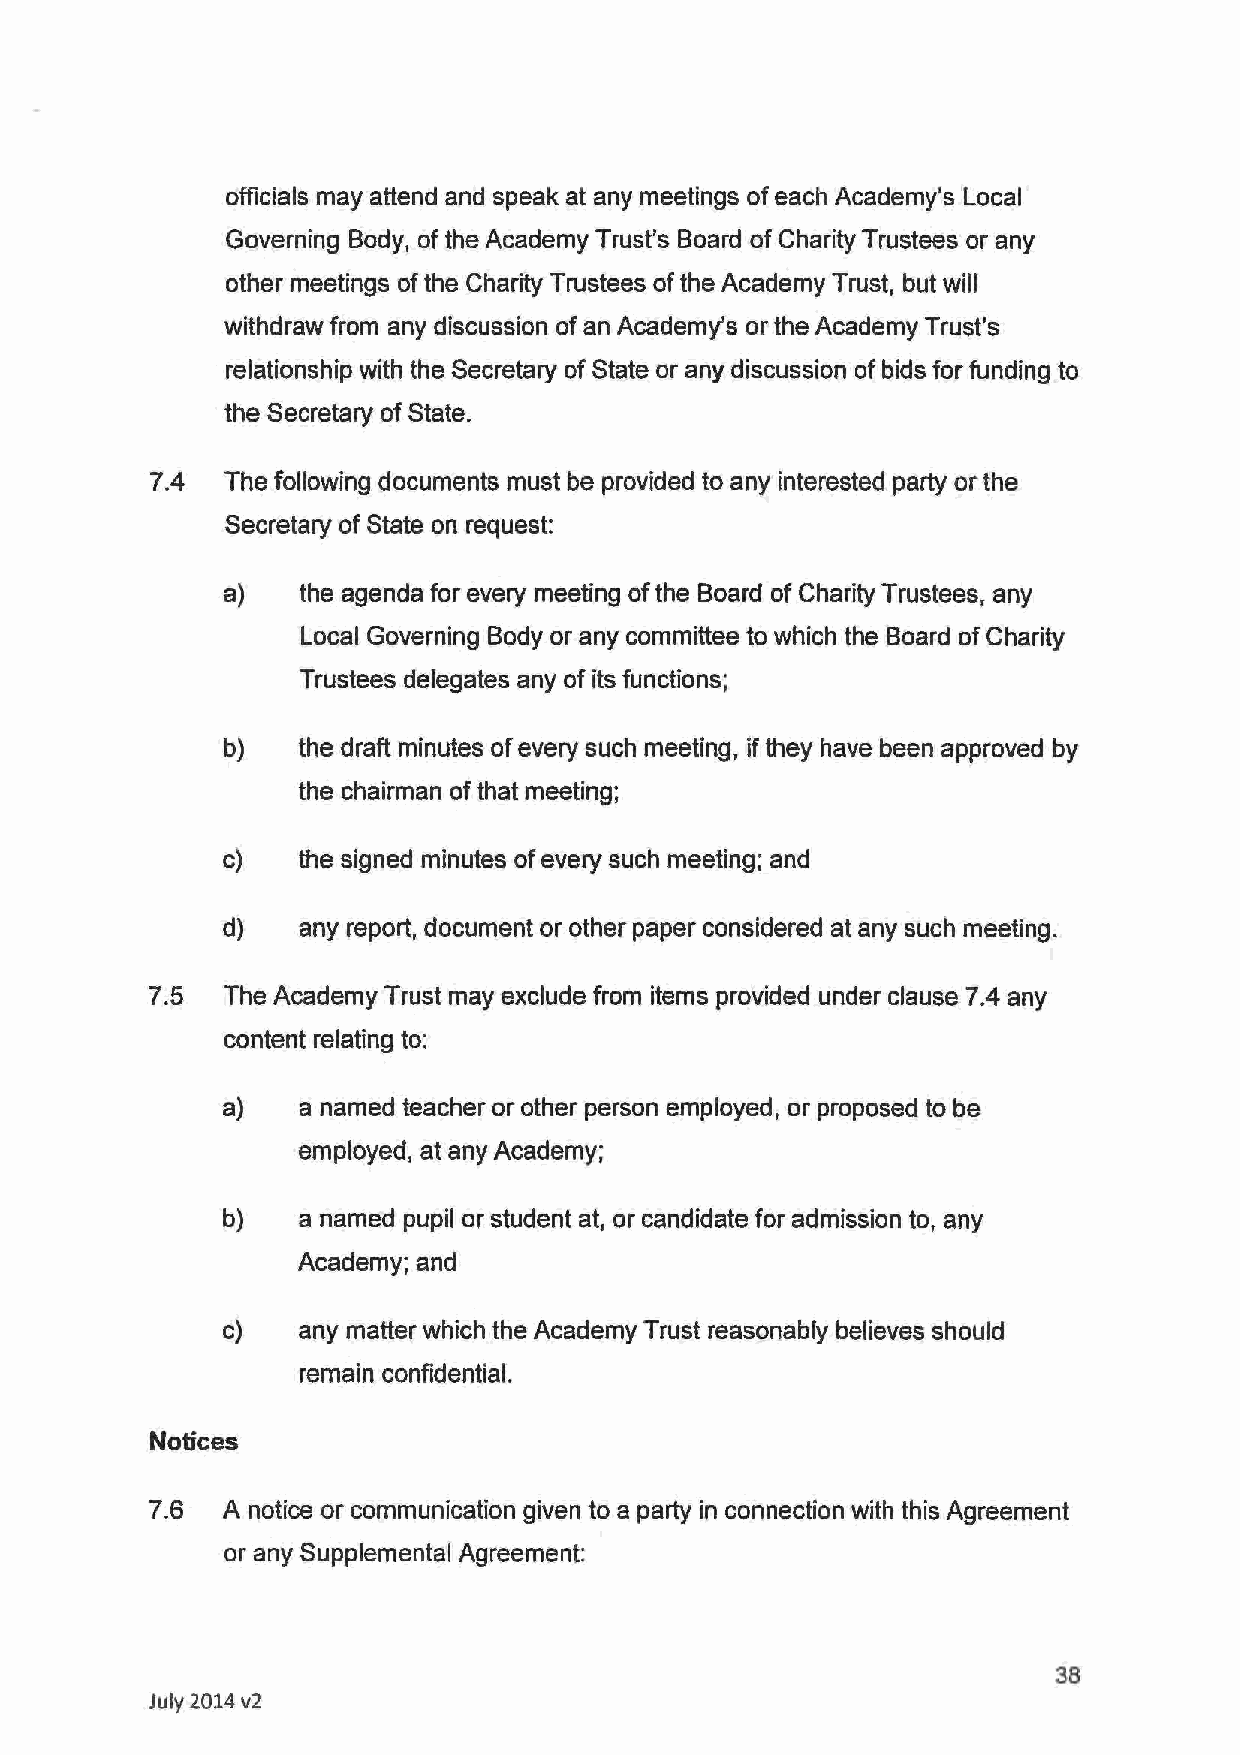
officials may attend and speak at any meetings of each Academy's Local
 Governing Body, of the Academy Trust's Board of Charity Trustees or any
 other meetings of the Charity Trustees of the Academy Trust, but will
 withdraw from any discussion of an Academy's or the Academy Trust's
 relationship with the Secretary of State or any discussion of bids for funding to
 the Secretary of State.
 7.4  The following documents must be provided to any interested party or the
 Secretary of State on request:
 a)   the agenda for every meeting of the Board of Charity Trustees, any
 Local Governing Body or any committee to which the Board of Charity
 Trustees delegates any of its functions;
 b)   the draft minutes of every such meeting, if they have been approved by
 the chairman of that meeting;
 c)   the signed minutes of every such meeting; and
 d)   any report, document or other paper considered at any such meeting.
 7.5  The Academy Trust may exclude from items provided under clause 7.4 any
 content relating to:
 a)   a named teacher or other person employed, or proposed to be
 employed, at any Academy;
 b)   a named pupil or student at, or candidate for admission to, any
 Academy; and
 c)   any matter which the Academy Trust reasonably believes should
 remain confidential.
 Notices
 7.6  A notice or communication given to a party in connection with this Agreement
 or any Supplemental Agreement:
 38
 July 2014 v2